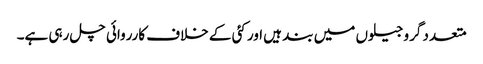
متعدد گرو جیلوں میں بند ہیں اور کئی کے خلاف کارروائی چل رہی ہے۔